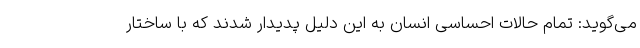
می‌گوید: تمام حالات احساسی انسان به این دلیل پدیدار شدند که با ساختار